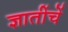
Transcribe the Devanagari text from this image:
ज्ञातींचें